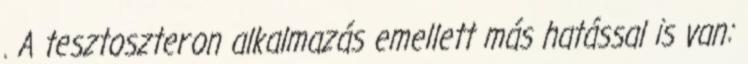
. A tesztoszteron alkalmazás emellett más hatással is van: